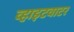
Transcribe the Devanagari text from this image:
व्हाइटवाटर